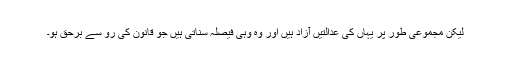
لیکن مجموعی طور پر یہاں کی عدالتیں آزاد ہیں اور وہ وہی فیصلہ سناتی ہیں جو قانون کی رو سے برحق ہو۔